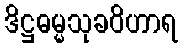
ဒိဋ္ဌဓမ္မသုခဝိဟာရ